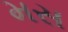
મસ